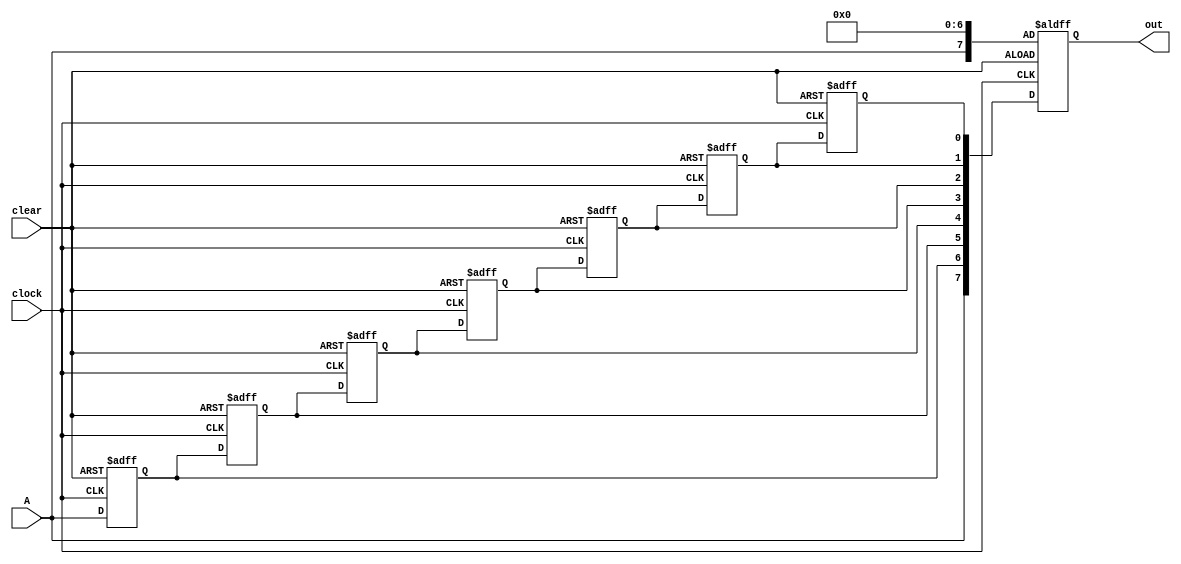
module rightshiftregister(clock,clear,A,out
    );
input clock, clear;
input A;
output reg [7:0]out;
reg B,C,D,E,F,G,H;
always @(posedge clock or negedge clear)
begin
if (!clear)
begin
B=0;C=0;D=0;E=0;F=0;G=0;H=0;
out={A,B,C,D,E,F,G,H};
end
else
begin
H<=G;
G<=F;
F<=E;
E<=D;
D<=C;
C<=B;
B<=A;
out<={A,B,C,D,E,F,G,H};
end
end
endmodule